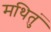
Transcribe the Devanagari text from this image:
मथितुं